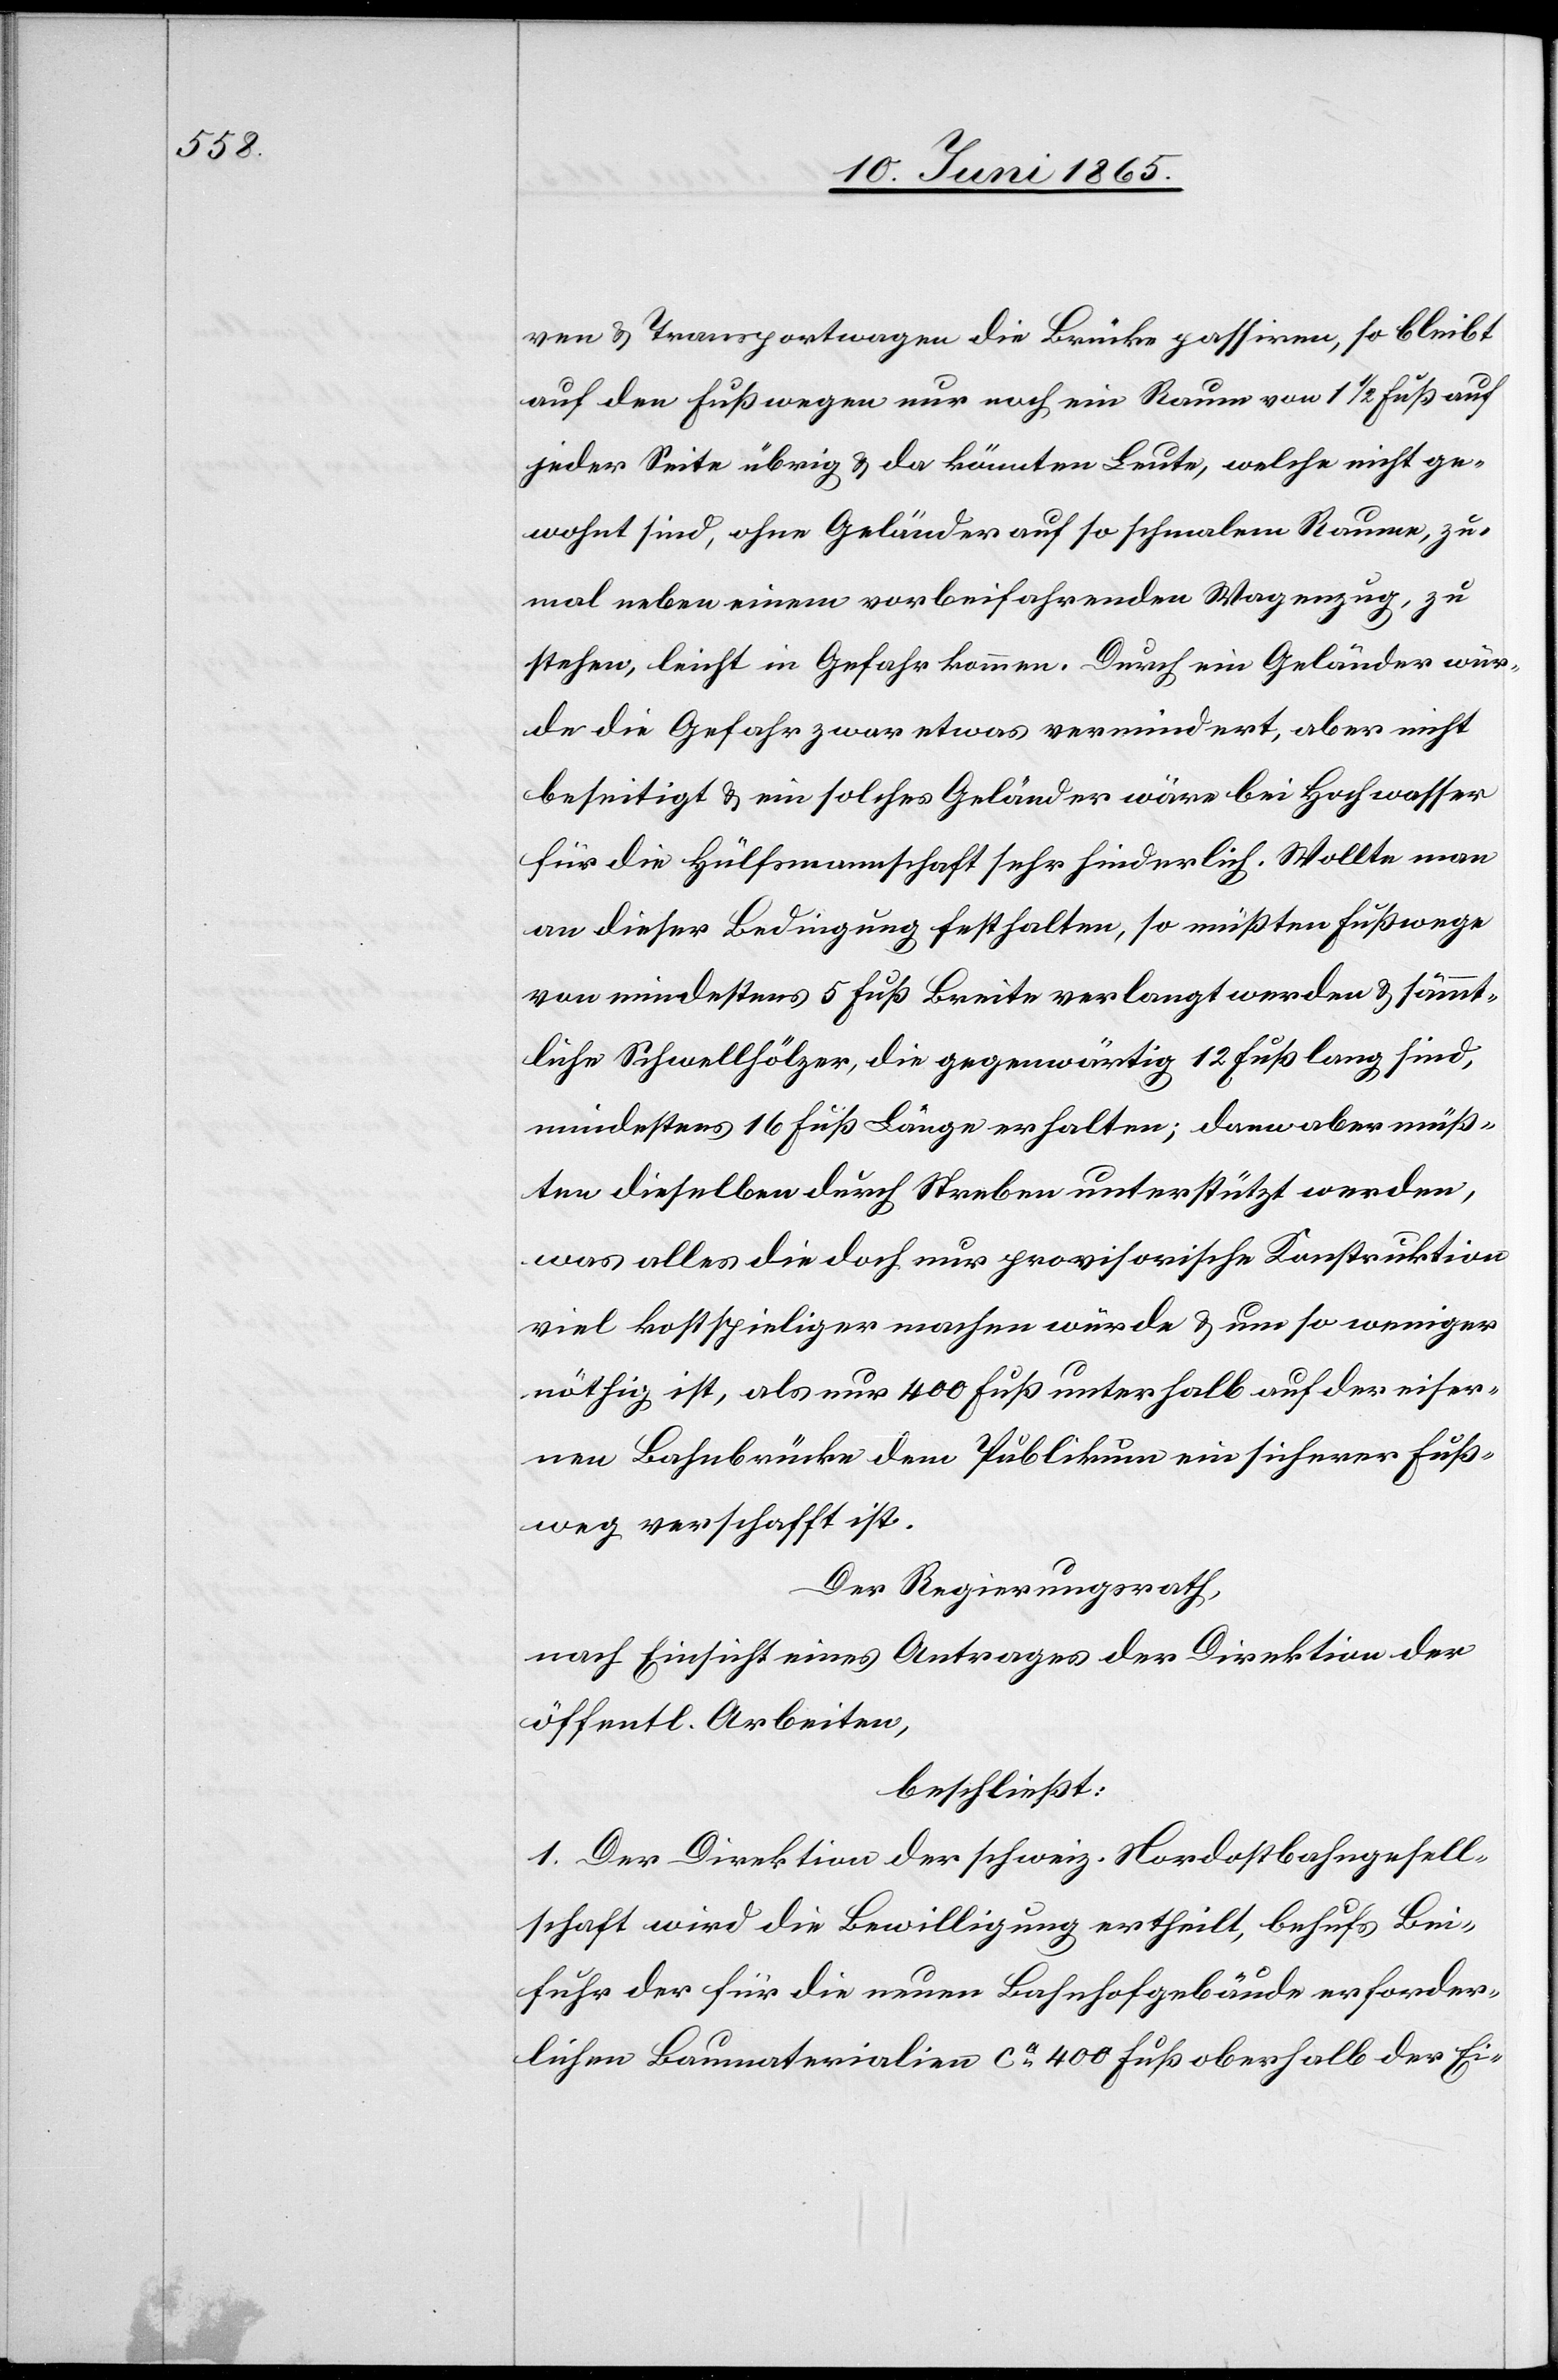
ven & Transportwagen die Brücke passiren, so bleibt
auf den Fußwegen nur noch ein Raum von 1 ½ Fuß auf
jeder Seite übrig & da könnten Leute, welche nicht ge¬
wohnt sind, ohne Geländer auf so schmalem Raume, zu¬
mal neben einem vorbeifahrenden Wagenzug, zu
stehen, leicht in Gefahr kommen. Durch ein Geländer wür¬
de die Gefahr zwar etwas vermindert, aber nicht
beseitigt & ein solches Geländer wäre bei Hochwasser
für die Hülfsmannschaft sehr hinderlich. Wollte man
an dieser Bedingung festhalten, so müßten Fußwege
von mindestens 5 Fuß Breite verlangt werden & sämmt¬
liche Schwellhölzer, die gegenwärtig 12 Fuß lang sind,
mindestens 16 Fuß Länge erhalten; dann aber müß¬
ten dieselben durch Streben unterstützt werden,
was alles die doch nur provisorische Konstruktion
viel kostspieliger machen würde & um so weniger
nöthig ist, als nur 400 Fuß unterhalb auf der eiser¬
nen Bahnbrücke dem Publikum ein sicherer Fuß¬
weg verschafft ist.
Der Regierungsrath,
nach Einsicht eines Antrages der Direktion der
öffentl. Arbeiten,
beschließt:
1. Der Direktion der schweiz. Nordostbahngesell¬
schaft wird die Bewilligung ertheilt, behufs Bei¬
fuhr der für die neuen Bahnhofgebäude erforder¬
lichen Baumaterialien ca 400 Fuß oberhalb der Ei-